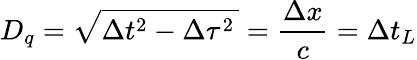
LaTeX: D_{q}=\sqrt{\Delta t^{2}-\Delta\tau^{2}\, }=\frac{\Delta x}{c}=\Delta t_{L}